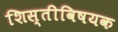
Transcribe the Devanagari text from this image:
शिस्तीविषयक